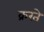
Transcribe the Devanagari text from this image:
क्ररते